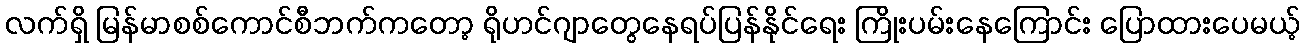
လက်ရှိ မြန်မာစစ်ကောင်စီဘက်ကတော့ ရိုဟင်ဂျာတွေနေရပ်ပြန်နိုင်ရေး ကြိုးပမ်းနေကြောင်း ပြောထားပေမယ့်